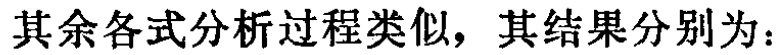
其余各式分析过程类似，其结果分别为：